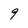
Character: 9